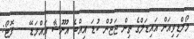
މޯލްޑިވިއަން އައިޑަލްގެ ތިން ޖަޖުން ކުޑަ އިއްބެ އުނޫޝާ އައްމަޑޭ --- ފޮޓޯ: